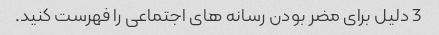
3 دلیل برای مضر بودن رسانه های اجتماعی را فهرست کنید.